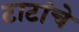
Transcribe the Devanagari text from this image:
टाटांचे